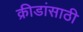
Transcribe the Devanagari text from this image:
क्रीडांसाठी